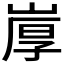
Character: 𰎩